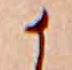
か